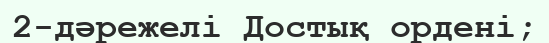
2-дәрежелі Достық ордені;